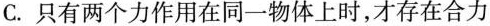
C.只有两个力作用在同一物体上时，才存在合力